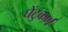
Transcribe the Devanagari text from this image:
घेंटुकर्ण